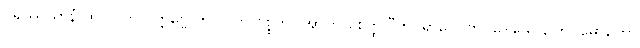
ပရိဿယာနံ ဘဂ္ဂဝါတိ ဝတ္တဗ္ဗေ ဘဂဝါတိ ဝုစ္စတိ။ အာဟ စေတ္ထ “ဘဂ္ဂရာဂေါ ဘဂ္ဂဒေါသော, ဘဂ္ဂမောဟော